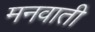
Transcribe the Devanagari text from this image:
मनवाती